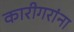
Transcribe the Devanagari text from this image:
कारीगरांना